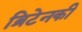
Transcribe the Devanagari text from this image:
ब्रिटेनकी